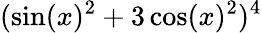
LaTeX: (\sin(x)^{2}+3\cos(x)^{2})^{4}